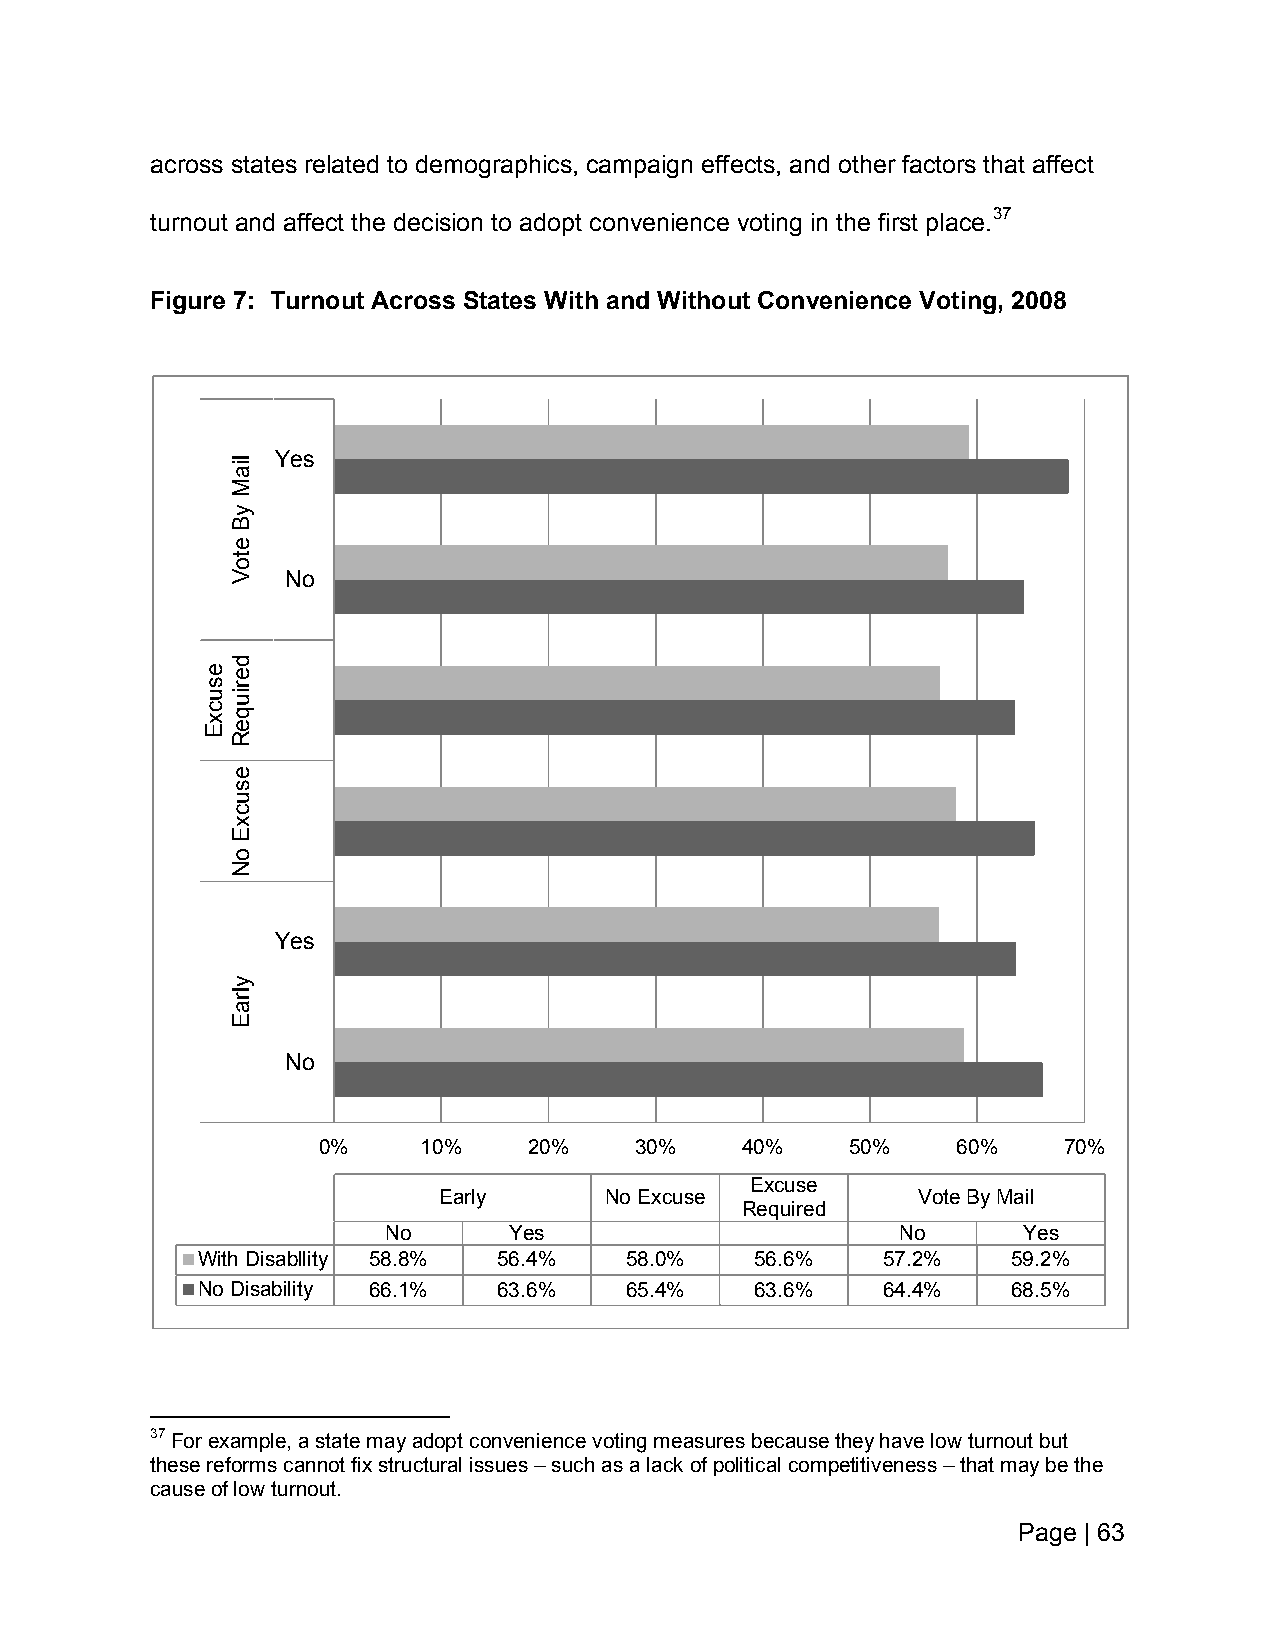
across states related to demographics, campaign effects, and other factors that affect
 turnout and affect the decision to adopt convenience voting in the first place.37
 Figure 7: Turnout Across States With and Without Convenience Voting, 2008
 Yes
 No
 Yes
 No
 0%     10%    20%    30%    40%    50%    60%    70%
 Excuse
 Early      No Excuse            Vote By Mail
 Required
 No       Yes                       No      Yes
 With Disabllity 58.8% 56.4% 58.0%    56.6%   57.2%    59.2%
 No Disability 66.1% 63.6%   65.4%    63.6%   64.4%    68.5%
 37 For example, a state may adopt convenience voting measures because they have low turnout but
 these reforms cannot fix structural issues – such as a lack of political competitiveness – that may be the
 cause of low turnout.
 Page | 63
 esucxE
 liaM
 yB
 etoV
 deriuqeR
 esucxE
 oN
 ylraE